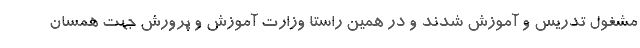
مشغول تدریس و آموزش شدند و در همین راستا وزارت آموزش و پرورش جهت همسان